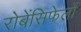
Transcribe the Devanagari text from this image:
रोबेंसिफेलों